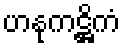
ဟနုကဋ္ဌိကံ